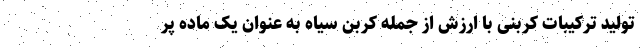
تولید ترکیبات کربنی با ارزش از جمله کربن سیاه به عنوان یک ماده پر